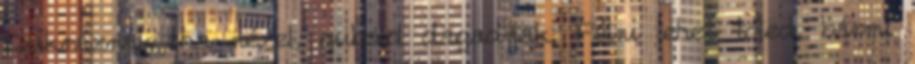
Szikráznak, ha nézel, gubóid dagadnak. Félni lehet tőled, bármi